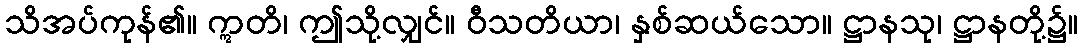
သိအပ်ကုန်၏။ ဣတိ၊ ဤသို့လျှင်။ ဝီသတိယာ၊ နှစ်ဆယ်သော။ ဋ္ဌာနသု၊ ဋ္ဌာနတို့၌။